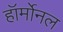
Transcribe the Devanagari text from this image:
हॉर्मोनल